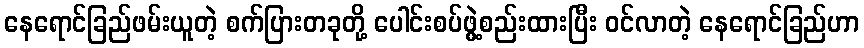
နေရောင်ခြည်ဖမ်းယူတဲ့ စက်ပြားတခုတို့ ပေါင်းစပ်ဖွဲ့စည်းထားပြီး ဝင်လာတဲ့ နေရောင်ခြည်ဟာ